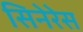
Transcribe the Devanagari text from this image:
सिनेरेस